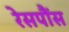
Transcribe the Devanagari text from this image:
रेसपौंस